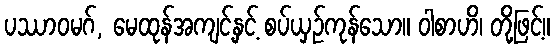
ပဿာဝမဂ်, မေထုန်အကျင့်နှင့် စပ်ယှဉ်ကုန်သော။ ဝါစာဟိ၊ တို့ဖြင့်။